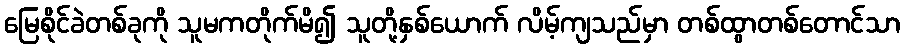
မြေစိုင်ခဲတစ်ခုကို သူမကတိုက်မိ၍ သူတို့နှစ်ယောက် လိမ့်ကျသည်မှာ တစ်ထွာတစ်တောင်သာ